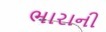
ભારાની